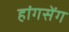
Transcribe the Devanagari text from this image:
हांगसेंग